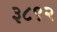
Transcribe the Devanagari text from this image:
३८९२